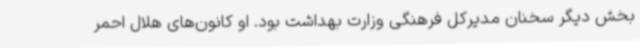
بخش دیگر سخنان مدیرکل فرهنگی وزارت بهداشت بود. او کانون‌های هلال احمر